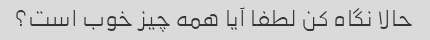
حالا نگاه کن لطفا آیا همه چیز خوب است؟